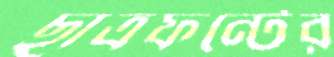
ছাত্রফন্টের